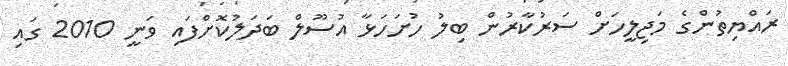
ރައްޔިތުންގެ މަޖިލީހަށް ސަރުކާރުން ބިލު ހުށަހަޅާ އުސޫލް ބަދަލުކޮށްފައި ވަނީ 2010 ގައި